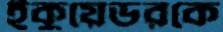
ইকুয়েডরকে